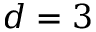
d = 3